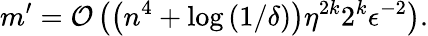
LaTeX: m^{\prime}=\mathcal{O}\left(\left(n^{4}+\log\left(1/\delta\right)\right)\eta^{2k}2^{k}\epsilon^{-2}\right).